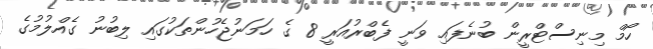
ހޯމް މިނިސްޓްރީން ބުނެފައި ވަނީ ފެބްރުއަރީ 8 ގެ ހަމަނުޖެހުންތަކުގައި ލިބުނު ގެއްލުމުގެ